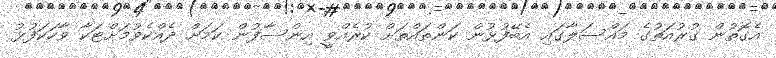
އެގޮތުން ގުރުއަތުގެ މައްސަލާގައި އެބޭފުޅުން ކަންތައްތަށް ކުރެއްވީ އިންސާފުން ކަމަށް ދެއްކެވުމަށްޓަކާ ވާހަކަފުޅު